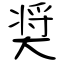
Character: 奨